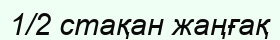
1/2 стақан жаңғақ